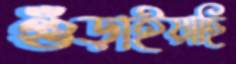
গুঁড়াইয়াছি